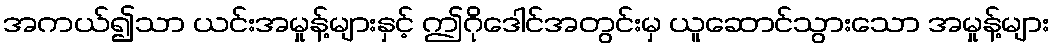
အကယ်၍သာ ယင်းအမှုန့်များနှင့် ဤဂိုဒေါင်အတွင်းမှ ယူဆောင်သွားသော အမှုန့်များ